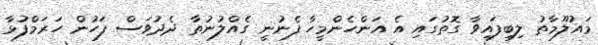
މައުލޫމާތު ލިބިފައިވާ ގޮތުގައި އެ އަންހެންމީހާ ފެނުނީ ގެއްލުނުތާ ދެދުވަސް ފަހުން ހަރަމްފުޅާ